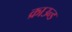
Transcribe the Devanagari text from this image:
क्राउन्ड